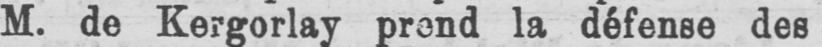
M. de Kergorlay prend la défense des